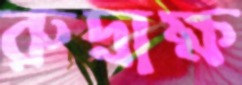
রুদ্রাক্ষ